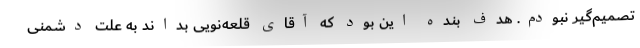
تصمیم‌گیر نبودم. هدف بنده این بود که آقای قلعه‌نویی بداند به علت دشمنی